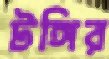
টঙ্গির